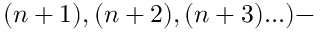
( n + 1 ) , ( n + 2 ) , ( n + 3 ) . . . ) -